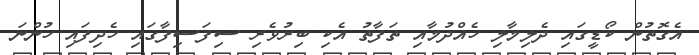
އެގޮތުން ކޯޑީގައި ދެލިމާލި ހެއްދުމާއި ތަފާތު އެކި ބިރުވެރި ސިފަސިފާގައި ހެދިފައި ހުންނަ